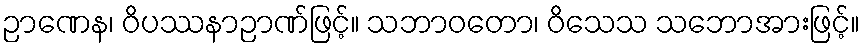
ဉာဏေန၊ ဝိပဿနာဉာဏ်ဖြင့်။ သဘာဝတော၊ ဝိသေသ သဘောအားဖြင့်။